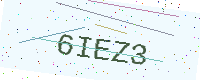
Text: 6IEZ3